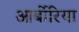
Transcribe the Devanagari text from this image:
आर्बोरिया